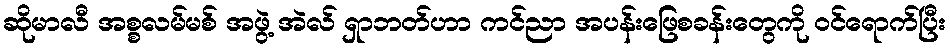
ဆိုမာလီ အစ္စလမ်မစ် အဖွဲ့ အဲလ် ရှာဘတ်ဟာ ကင်ညာ အပန်းဖြေစခန်းတွေကို ဝင်ရောက်ပြီး